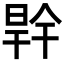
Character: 𭦜